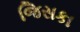
જિસકા